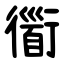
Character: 衟